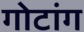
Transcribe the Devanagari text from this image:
गोटांग